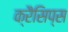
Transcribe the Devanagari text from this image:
क्रैसिप्स